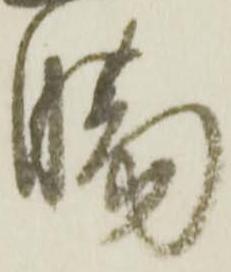
膓